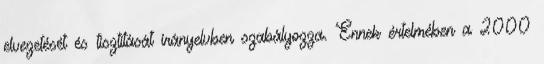
elvezetését és tisztítását irányelvben szabályozza. Ennek értelmében a 2000